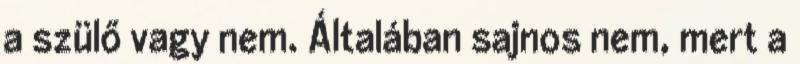
a szülő vagy nem. Általában sajnos nem, mert a